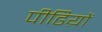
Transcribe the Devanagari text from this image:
पीढिय़ों